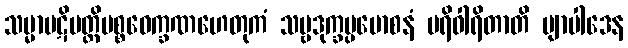
သမ္မာပဋိပတ္တိပစ္စဝေက္ခဏဟေတုကံ သဗ္ဗဒုက္ခပ္ပမောစနံ ပရိဝါရိတာတိ ဗျာပါဒေန